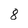
Character: 8